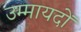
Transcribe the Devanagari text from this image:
उम्मायदों